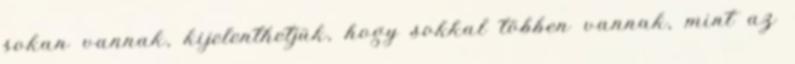
sokan vannak, kijelenthetjük, hogy sokkal többen vannak, mint az